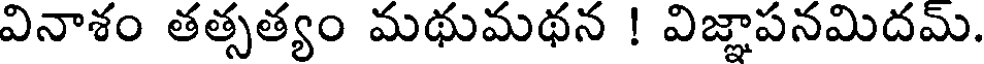
వినాశం తత్సత్యం మథుమథన ! విజ్ఞాపనమిదమ్.